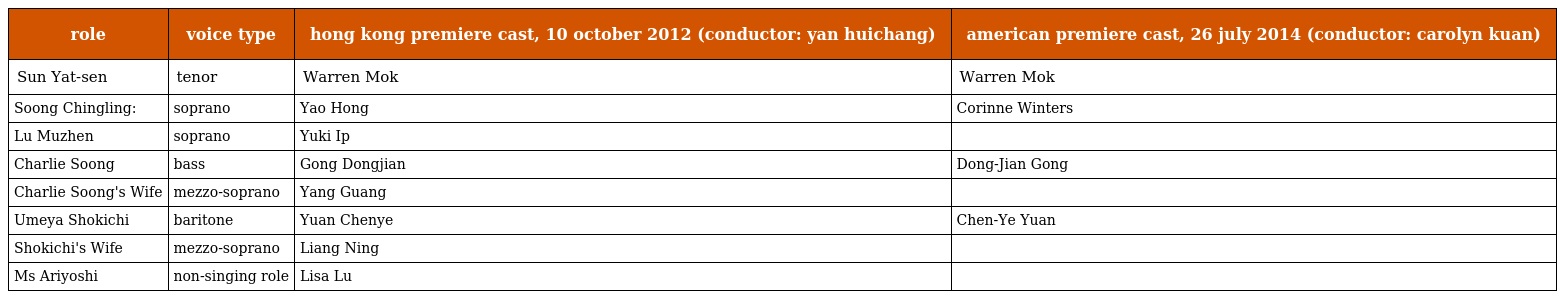
| role | voice type | hong kong premiere cast, 10 october 2012 (conductor: yan huichang) | american premiere cast, 26 july 2014 (conductor: carolyn kuan) |
 | --- | --- | --- | --- |
 | Sun Yat-sen | tenor | Warren Mok | Warren Mok |
 | Soong Chingling: | soprano | Yao Hong | Corinne Winters |
 | Lu Muzhen | soprano | Yuki Ip |  |
 | Charlie Soong | bass | Gong Dongjian | Dong-Jian Gong |
 | Charlie Soong's Wife | mezzo-soprano | Yang Guang |  |
 | Umeya Shokichi | baritone | Yuan Chenye | Chen-Ye Yuan |
 | Shokichi's Wife | mezzo-soprano | Liang Ning |  |
 | Ms Ariyoshi | non-singing role | Lisa Lu |  |